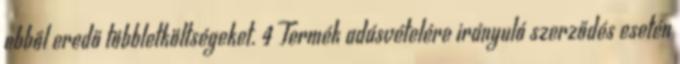
ebből eredő többletköltségeket. 4 Termék adásvételére irányuló szerződés esetén